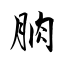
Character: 朒